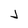
Character: J